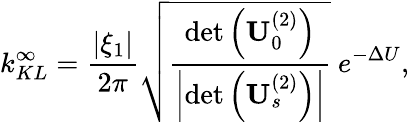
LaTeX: k_{KL}^{\infty}=\frac{|\xi_{1}|}{2\pi}\sqrt{\frac{\operatorname*{det}\left(\mathbf{U}_{0}^{(2)}\right)}{\left|\operatorname*{det}\left(\mathbf{U}_{s}^{(2)}\right)\right|}}\ e^{-\Delta U},